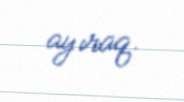
ayıraq.